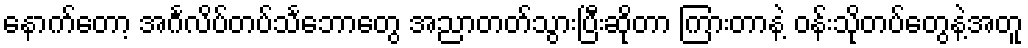
နောက်တော့ အင်္ဂလိပ်တပ်သင်္ဘောတွေ အညာတတ်သွားပြီးဆိုတာ ကြားတာနဲ့ ဝန်းသိုတပ်တွေနဲ့အတူ